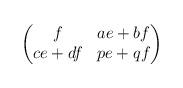
LaTeX: \begin{align*}\begin{pmatrix}f&ae+bf\\ce+df&pe+qf\end{pmatrix}\end{align*}